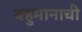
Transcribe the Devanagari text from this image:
बहुमानाची